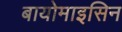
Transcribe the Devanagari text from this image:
बायोमाइसिन